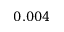
0 . 0 0 4